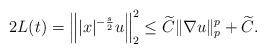
LaTeX: \begin{align*}2L(t)=\Big\||x|^{-\frac s2}u\Big\|_2^2\le \widetilde{C}\|\nabla u\|_p^p+\widetilde{C}.\end{align*}